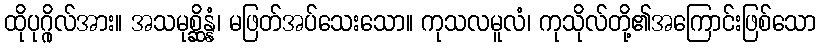
ထိုပုဂ္ဂိုလ်အား။ အသမုစ္ဆိန္နံ၊ မဖြတ်အပ်သေးသော။ ကုသလမူလံ၊ ကုသိုလ်တို့၏အကြောင်းဖြစ်သော